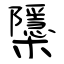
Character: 櫽